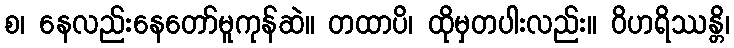
စ၊ နေလည်းနေတော်မူကုန်ဆဲ။ တထာပိ၊ ထိုမှတပါးလည်း။ ဝိဟရိဿန္တိ၊